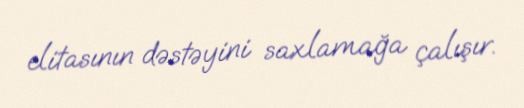
elitasının dəstəyini saxlamağa çalışır.